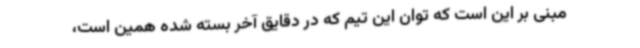
مبنی بر این است که توان این تیم که در دقایق آخر بسته شده همین است،